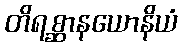
တိရစ္ဆာနယောနိယံ